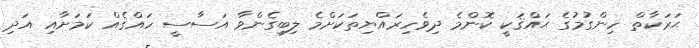
ޙަރަކާތް ހިންގުމުގެ ޙައްޤަކީ ކޮންމެ ދިވެހިރައްޔިތަކަށްމެ ލިބިގެންވާ އަސާސީ ހައްޤެއް ކަމަށާއި އަދި